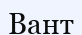
Вант